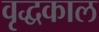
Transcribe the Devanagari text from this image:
वृद्धकाल